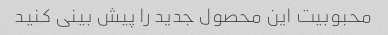
محبوبیت این محصول جدید را پیش بینی کنید